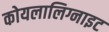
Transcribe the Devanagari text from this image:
कोयलालिग्नाइट